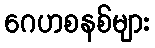
ဂေဟစနစ်များ